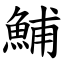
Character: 鯆